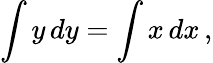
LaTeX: \int y\, dy=\int x\, dx\, ,